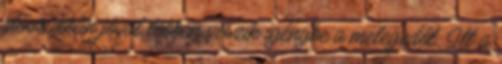
időszakban jóval többen veszik igénybe a melegedőt. Itt a